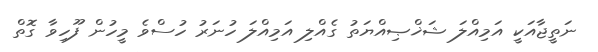
ނަތީޖާއަކީ އަމިއްލަ ޝަޚްޞިއްޔަތު ގެއްލި އަމިއްލަ ހުނަރު ހުސްވެ މީހުން ފޫހިވާ ގޮތް